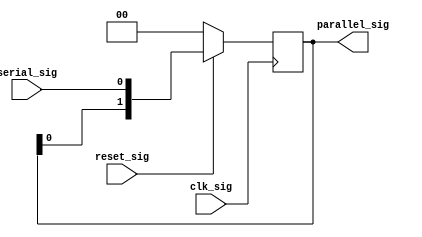
// ************************************************************
//
// Design Name: ConvCode
// Module Name: serial2parallel.v
// Tool versions: VsCode
// Description: 
// Parameter:
// 1. WIDTH: 
// Input:
// 1. clk_sig: 
// 2. reset_sig: 
// 3. serial_sig: 
// Output:
// 1. parallel_sig: 
// ************************************************************
module serial2parallel #(
    parameter WIDTH = 2
) (
    input  wire             clk_sig,
    input  wire             reset_sig,
    input  wire [      0:0] serial_sig,
    output wire [WIDTH-1:0] parallel_sig
);
    reg [WIDTH-1:0] parallel_r;

    initial begin
        parallel_r = 0;
    end

    always @(posedge clk_sig) begin
        if (reset_sig == 0) begin
            parallel_r <= 0;
        end else begin
            parallel_r <= {parallel_r[(WIDTH-2):0], serial_sig};
        end
    end
    assign parallel_sig = parallel_r;
endmodule